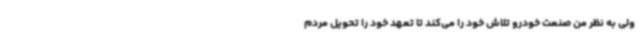
ولی به نظر من صنعت خودرو تلاش خود را می‌کند تا تعهد خود را تحویل مردم